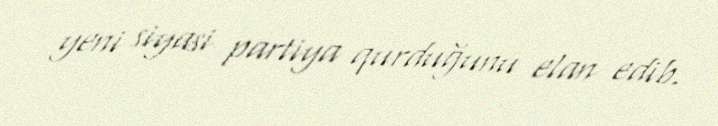
yeni siyasi partiya qurduğunu elan edib.